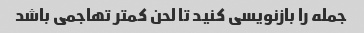
جمله را بازنویسی کنید تا لحن کمتر تهاجمی باشد